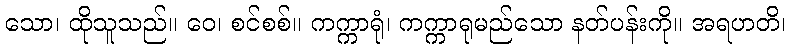
သော၊ ထိုသူသည်။ ဝေ၊ စင်စစ်။ ကက္ကာရုံ၊ ကက္ကာရုမည်သော နတ်ပန်းကို။ အရဟတိ၊